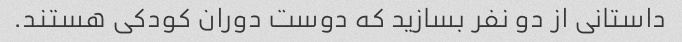
داستانی از دو نفر بسازید که دوست دوران کودکی هستند.